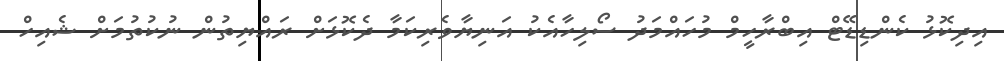
އިދިކޮޅު ކެންޑިޑޭޓް އިބްރާހީމް މުހައްމަދު ސޯލިހާއެކު އަނިޔާވެރިކަމާ ދެކޮޅަށް ރައްޔިތުން ނުކުތުމަށް ޝެއިހް